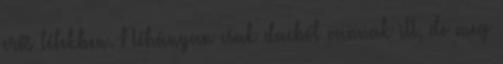
erős lélekben. Néhányan csak dacból vannak itt, de meg